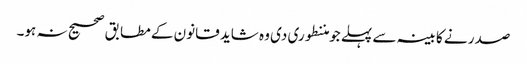
صدر نے کابینہ سے پہلے جو مننطوری دی وہ شاید قانون کے مطابق صحیح نہ ہو۔